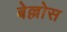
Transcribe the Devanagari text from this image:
बेल्लोस